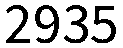
2935